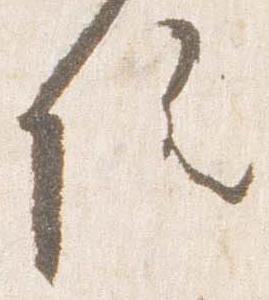
院